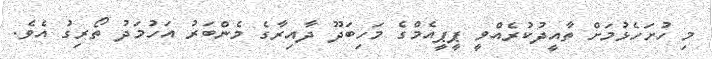
މި ހުށަހެޅުމަށް ތާއީދުކުރެއްވީ ޕީޕީއެމްގެ މަހިބަދޫ ދާއިރާގެ މެންބަރު އަހުމަދު ތޯރިގު އެވެ.